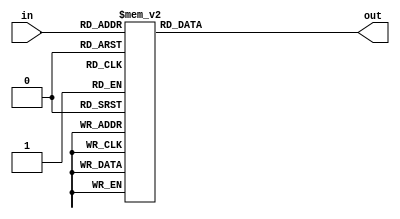
/* Obarey Inc. */
module sev_seg_decoder( in, out );
    input[3:0] in;
    output reg[7:0] out;
    always @(in) begin
        case(in)
            4'b0000: out = 8'b10001000; // A
            4'b0001: out = 8'b10000011; // b
            4'b0010: out = 8'b11000110; // C
            4'b0011: out = 8'b10100001; // d
            4'b0100: out = 8'b10000110; // E
            4'b0101: out = 8'b10001110; // F
            4'b0110: out = 8'b10001001; // H
            4'b0111: out = 8'b11001111; // I
            4'b1000: out = 8'b11000111; // L
            4'b1001: out = 8'b11100001; // J
            4'b1010: out = 8'b10001100; // P
            4'b1011: out = 8'b11000001; // U
            4'b1100: out = 8'b10001101; // Y
				default: out = 8'b10110110;
       endcase
    end
endmodule